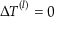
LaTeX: \Delta { \boldsymbol { T } } ^ { ( l ) } = 0